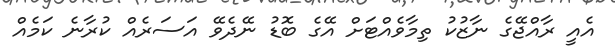
އެއީ ރާއްޖޭގެ ނާޒުކު ތިމާވެއްޓަށް އޭގެ ބޮޑު ނޭދެވޭ އަސަރެއް ކުރާނެ ކަމެއް